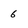
Character: 6